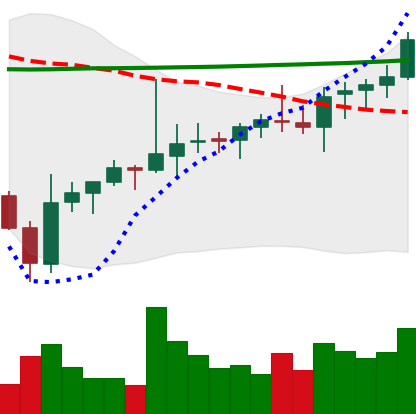
Ticker: ADA-USD
Chart end date: 2021-08-07
Forward return: 24.016%
Label: up_7plus